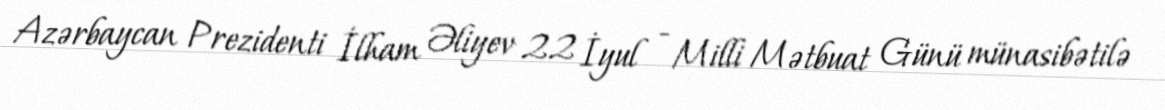
Azərbaycan Prezidenti İlham Əliyev 22 İyul - Milli Mətbuat Günü münasibətilə